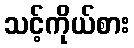
သင့်ကိုယ်စား